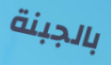
بالجبنة